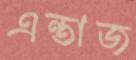
এন্তাজ